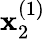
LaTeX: \mathbf{x}_{2}^{(1)}